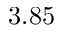
3 . 8 5